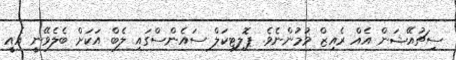
ސިޗުއޭޝަން އެއް ރެއިޒް ވުމުންނެވެ. ޕޮލިޓިކަލް ސައެންސްގައި ލެބް އަކަށް ބެލެވޭނީ އެއީ